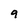
Character: 9